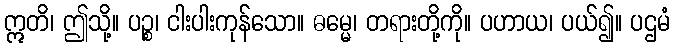
ဣတိ၊ ဤသို့။ ပဉ္စ၊ ငါးပါးကုန်သော။ ဓမ္မေ၊ တရားတို့ကို။ ပဟာယ၊ ပယ်၍။ ပဌမံ